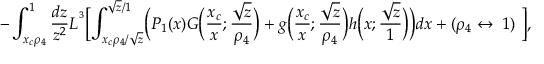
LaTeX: - \int _ { x _ { c } \rho _ { 4 } } ^ { 1 } \frac { d z } { z ^ { 2 } } L ^ { ^ 3 } \biggl [ \int _ { { x _ { c } \rho _ { 4 } } / { \sqrt { z } } } ^ { \sqrt { z } / 1 } \biggl ( P _ { 1 } ( x ) G \biggl ( \frac { x _ { c } } { x } ; \frac { \sqrt { z } } { \rho _ { 4 } } \biggr ) + g \biggl ( \frac { x _ { c } } { x } ; \frac { \sqrt { z } } { \rho _ { 4 } } \biggr ) h \biggl ( x ; \frac { \sqrt { z } } { 1 } \biggr ) \biggr ) d x + ( \rho _ { 4 } \leftrightarrow \ 1 ) \ \biggr ] ,